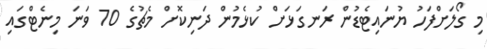
މި ގޯލަށްފަހު ޔުނައިޓެޑުން ރަނގަޅަށް ކުޅެމުން ދަނިކޮށް މެޗުގެ 70 ވަނަ މިނެޓްގައި